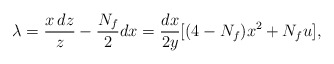
\begin{align*}\lambda = \frac{x \, dz}{z} - \frac{N_f}{2} dx =\frac{dx}{2y}[(4-N_f)x^2 + N_f u],\end{align*}